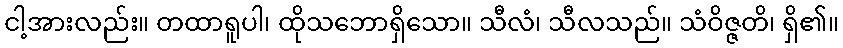
ငါ့အားလည်း။ တထာရူပါ၊ ထိုသဘောရှိသော။ သီလံ၊ သီလသည်။ သံဝိဇ္ဇတိ၊ ရှိ၏။